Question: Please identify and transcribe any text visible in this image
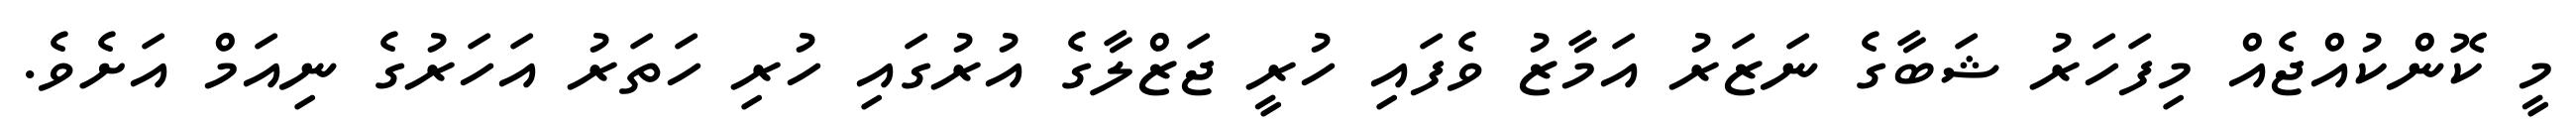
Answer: މީ ކޮންކުއްޖެއް މިފަހަރު ޝަބާގެ ނަޒަރު އަމާޒު ވެފައި ހުރީ ޖަޒްލާގެ އުރުގައި ހުރި ހަތަރު އަހަރުގެ ނިއަމް އަށެވެ.